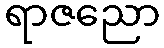
ရာဇညော